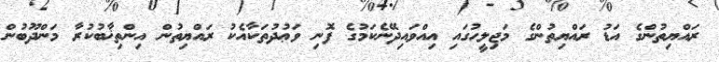
ރައްޔިތުންގެ އަޑު ރައްޔިތުންގެ މަޖިލީހުގައި އިއްވައިދޭނެކަމުގެ ފޮނި ވަޢުދުތަކާއެކު ރައްޔިތުން އިންތިޚާބުކުރާ މަންދޫބުން